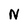
Character: N